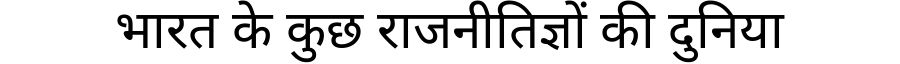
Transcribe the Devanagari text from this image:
भारत के कुछ राजनीतिज्ञों की दुनिया